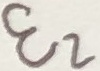
Text: E2